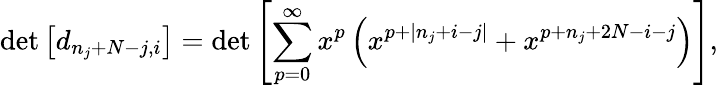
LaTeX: \operatorname*{det}\left[d_{n_{j}+N-j,i}\right]=\operatorname*{det}\left[\sum_{p=0}^{\infty}x^{p}\left(x^{p+|n_{j}+i-j|}+x^{p+n_{j}+2N-i-j}\right)\right],